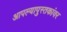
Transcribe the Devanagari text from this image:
आपल्यापुस्तकांवर